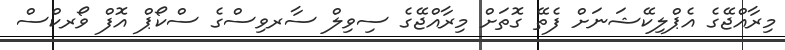
މިރާއްޖޭގެ އެޕްލިކޭޝަނަށް ފެތޭ ގޮތަށް މިރާއްޖޭގެ ސިވިލް ސާރވިސްގެ ސްކޯޕް އޮފް ވޯރކްސް